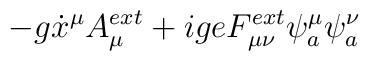
-g\dot{x}^{\mu}A_{\mu}^{ ext}+igeF_{\mu \nu}^{ext}\psi_{a}^{\mu}\psi_{a}^{\nu}